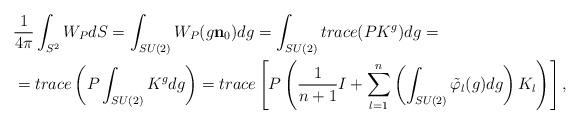
LaTeX: \begin{align*}& \frac{1}{4\pi}\int_{S^{2}}W_{P}dS =\int_{SU(2)}W_{P}(g\mathbf{n}_{0})dg=\int_{SU(2)}trace(PK^{g})dg =\\& =trace\left( P\int_{SU(2)}K^{g}dg\right) =trace\left[ P\left( \frac{1}{n+1}I+\sum_{l=1}^{n}\left( \int_{SU(2)}\tilde{\varphi}_{l}(g)dg\right)K_{l}\right) \right] ,\end{align*}